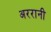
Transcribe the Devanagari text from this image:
अररानी